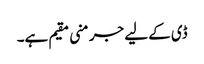
ڈی کے لیے جرمنی مقیم ہے۔